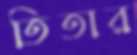
তিতার